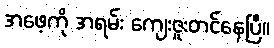
အဖေ့ကို အရမ်း ကျေးဇူးတင်နေပြီ။